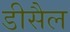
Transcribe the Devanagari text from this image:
डीसैल